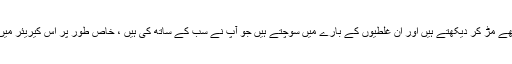
یہ وہ مقام ہے جہاں آپ اپنی زندگی میں پیچھے مڑ کر دیکھتے ہیں اور ان غلطیوں کے بارے میں سوچتے ہیں جو آپ نے سب کے ساتھ کی ہیں ، خاص طور پر اس کیریئر میں آپ نے کچھ سال پہلے کی کوشش کی ہے۔